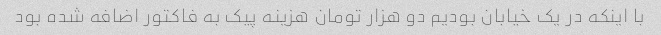
با اینکه در یک خیابان بودیم دو هزار تومان هزینه پیک به فاکتور اضافه شده بود